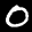
Label: 0